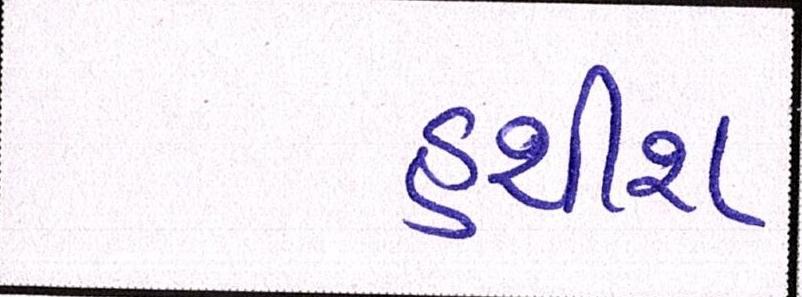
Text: હશીશ